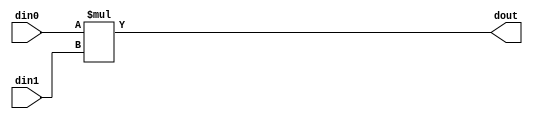
// ==============================================================
// Vitis HLS - High-Level Synthesis from C, C++ and OpenCL v2022.2 (64-bit)
// Version: 2022.2
// Copyright 1986-2022 Xilinx, Inc. All Rights Reserved.
// ==============================================================

`timescale 1 ns / 1 ps

module encode_mul_32s_32s_64_1_1(din0, din1, dout);
parameter ID = 1;
parameter NUM_STAGE = 0;
parameter din0_WIDTH = 14;
parameter din1_WIDTH = 12;
parameter dout_WIDTH = 26;
input [din0_WIDTH - 1 : 0] din0; 
input [din1_WIDTH - 1 : 0] din1; 
output [dout_WIDTH - 1 : 0] dout;

assign dout = $signed(din0) * $signed(din1);
endmodule